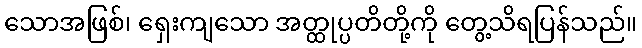
သောအဖြစ်၊ ရှေးကျသော အတ္ထုပ္ပတိတို့ကို တွေ့သိရပြန်သည်။